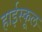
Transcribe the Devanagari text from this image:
हार्इस्कूल